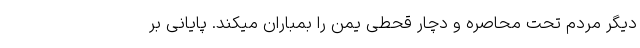
دیگر مردم تحت محاصره و دچار قحطی یمن را بمباران میکند. پایانی بر